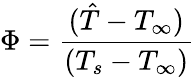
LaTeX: \Phi=\frac{(\hat{T}-T_{\infty})}{(T_{s}-T_{\infty})}